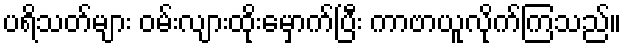
ပရိသတ်များ ဝမ်းလျားထိုးမှောက်ပြီး ကာဗာယူလိုက်ကြသည်။